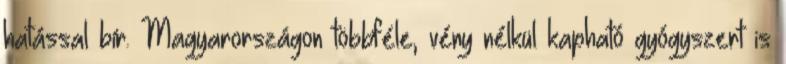
hatással bír. Magyarországon többféle, vény nélkül kapható gyógyszert is